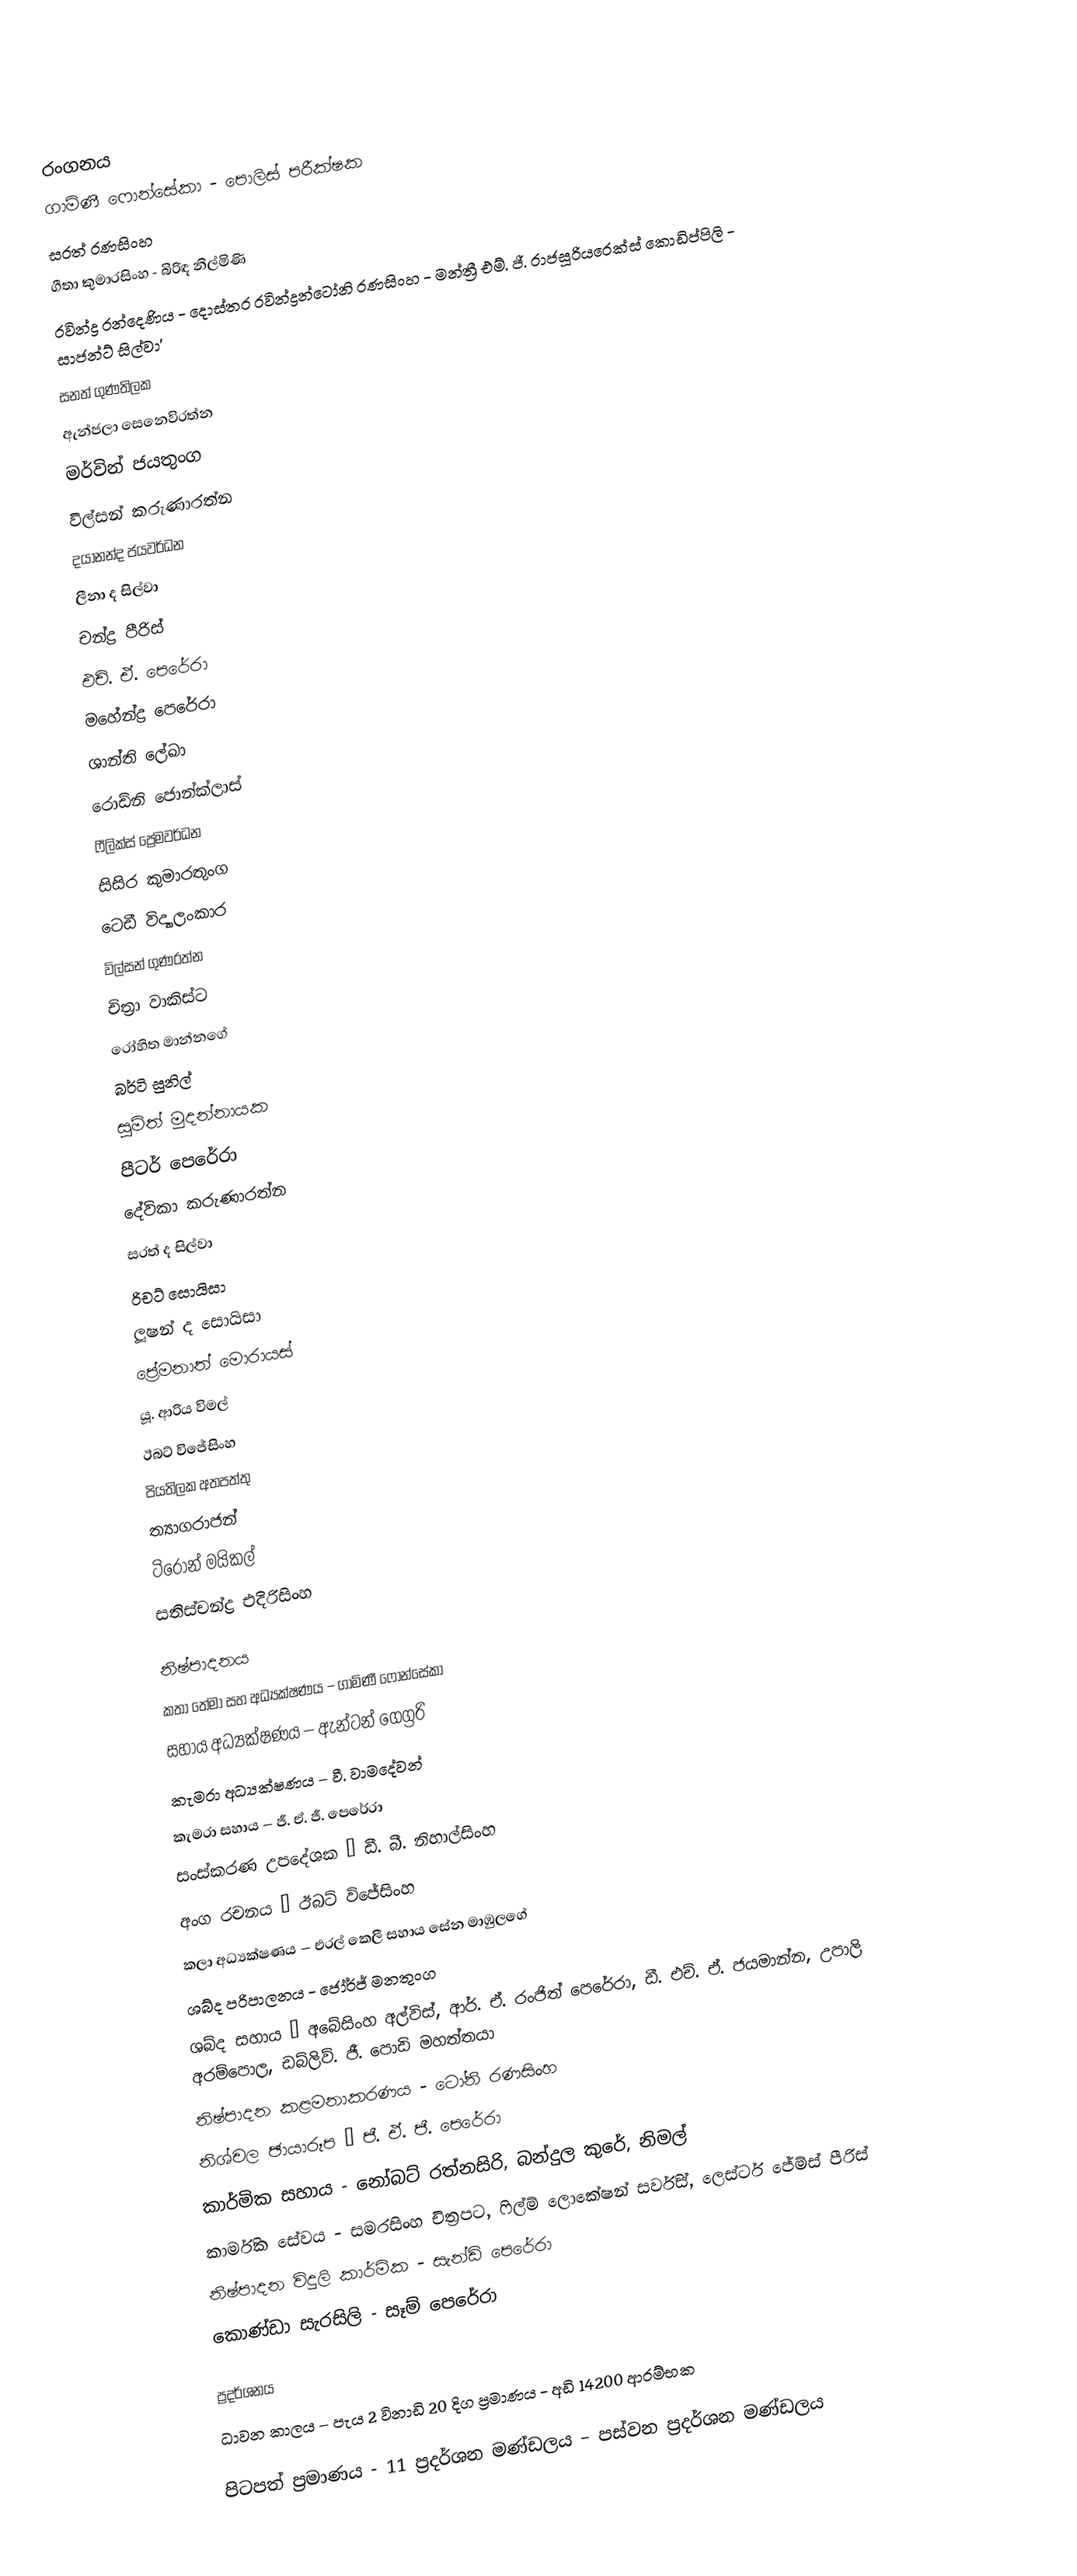

රංගනය
ගාමිණී ෆොන්සේකා - පොලිස් පරීක්ෂක
සරත් රණසිංහ
ගීතා කුමාරසිංහ - බිරිඳ නිල්මිණි
රවින්ද්‍ර රන්දෙණිය - දොස්තර රවින්ද්‍රන්ටෝනි රණසිංහ - මන්ත්‍රී එම්. ජී. රාජසූරියරෙක්ස් කොඩිප්පිලි - සාජන්ට් සිල්වා'
සනත් ගුණතිලක
ඇන්ජලා සෙනෙවිරත්න
මර්වින් ජයතුංග
විල්සන් කරුණාරත්න
දයානන්ද ජයවර්ධන
ලීනා ද සිල්වා
චන්ද්‍ර පීරිස්
එච්. ඒ. පෙරේරා
මහේන්ද්‍ර පෙරේරා
ශාන්ති ලේඛා
රොඩ්නි ජොන්ක්ලාස්
ෆීලික්ස් ප්‍රේමවර්ධන
සිසිර කුමාරතුංග
ටෙඩී විද්‍යාලංකාර
විල්සන් ගුණරත්න
චිත්‍රා වාකිස්ට
රෝහිත මාන්නගේ
බර්ටි සුනිල්
සුමිත් මුදන්නායක
පීටර් පෙරේරා
දේවිකා කරුණාරත්න
සරත් ද සිල්වා
රිචට් සොයිසා
ලූෂන් ද සොයිසා
ප්‍රේමනාත් මොරායස්
යූ. ආරිය විමල්
ඊබට් විජේසිංහ
පියතිලක අතපත්තු
ත්‍යාගරාජන්
ටිරෝන් මයිකල්
සතිස්චන්ද්‍ර එදිරිසිංහ

නිෂ්පාදනය
කතා තේමා සහ අධ්‍යක්ෂණය – ගාමිණී ෆොන්සේකා
සහාය අධ්‍යක්ෂණය – ඇන්ටන් ගෙග්‍රරි
කැමරා අධ්‍යක්ෂණය – වී. වාමදේවන්
කැමරා සහාය – ජී. ඒ. ජී. පෙරේරා
සංස්කරණ උපදේශක – ඩී. බී. නිහාල්සිංහ
අංග රචනය – ඊබට් විජේසිංහ
කලා අධ්‍යක්ෂණය – එරල් කෙලී සහාය සේන මාඹුලගේ
ශබ්ද පරිපාලනය - ජෝර්ජ් මනතුංග
ශබ්ද සහාය – අබේසිංහ අල්විස්, ආර්. ඒ. රංජිත් පෙරේරා, ඩී. එච්. ඒ. ජයමාන්න, උපාලි අරම්පොල, ඩබ්ලිව්. ජී. පොඩි මහත්තයා
නිෂ්පාදන කළමනාකරණය - ටෝනි රණසිංහ
නිශ්චල ඡායාරූප – ජී. ඒ. ජී. පෙරේරා
කාර්මික සහාය - නෝබට් රත්නසිරි, බන්දුල කුරේ, නිමල්
කාර්මික සේවය - සමරසිංහ චිත්‍රපට, ෆිල්ම් ලොකේෂන් සර්විස්, ලෙස්ටර් ජේම්ස් පීරිස්
නිෂ්පාදන විදුලි කාර්මික - සැන්ඩි පෙරේරා
කොණ්ඩා සැරසිලි - සෑම් පෙරේරා

ප්‍රදර්ශනය
ධාවන කාලය – පැය 2 විනාඩි 20 දිග ප්‍රමාණය - අඩි 14200 ආරම්භක

පිටපත් ප්‍රමාණය - 11 ප්‍රදර්ශන මණ්ඩලය – පස්වන ප්‍රදර්ශන මණ්ඩලය